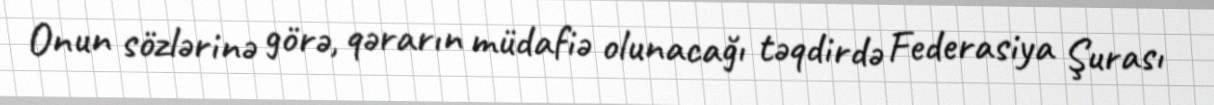
Onun sözlərinə görə, qərarın müdafiə olunacağı təqdirdə Federasiya Şurası